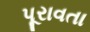
પૂરાવતા